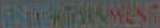
ENTERTAINMENT